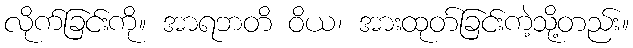
လိုက်ခြင်းကို။ အာရဘတိ ဝိယ၊ အားထုတ်ခြင်းကဲ့သို့တည်း။